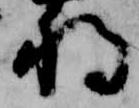
将